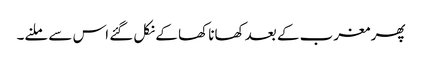
پھر مغرب کے بعد کھانا کھا کے نکل گئے اس سے ملنے۔